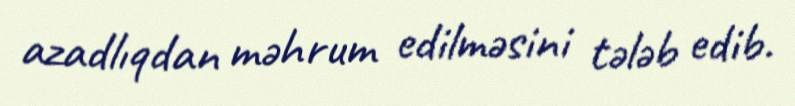
azadlıqdan məhrum edilməsini tələb edib.